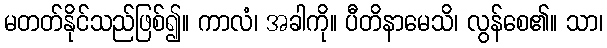
မတတ်နိုင်သည်ဖြစ်၍။ ကာလံ၊ အခါကို။ ပီတိနာမေသိ၊ လွန်စေ၏။ သာ၊